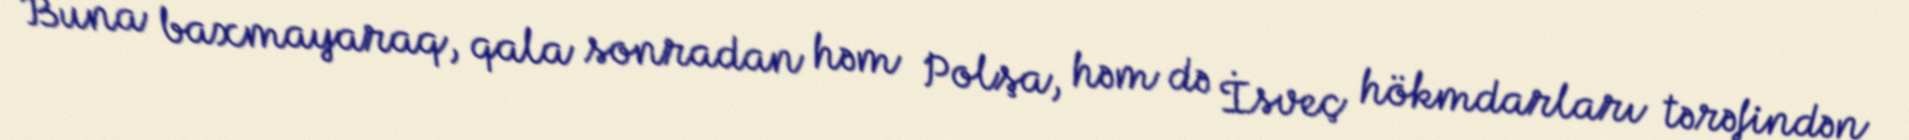
Buna baxmayaraq, qala sonradan həm Polşa, həm də İsveç hökmdarları tərəfindən